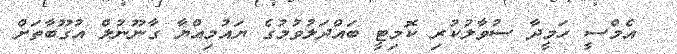
އެމްސީ ހަމީދާ ސުވާލުކުރި ކޮމިޓީ ބައްދަލުވުމުގެ ޔައުމިއްޔާ ގާނޫނުލް އުގޫބާތަށް